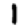
Digit: 1